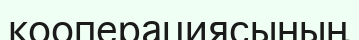
кооперациясының